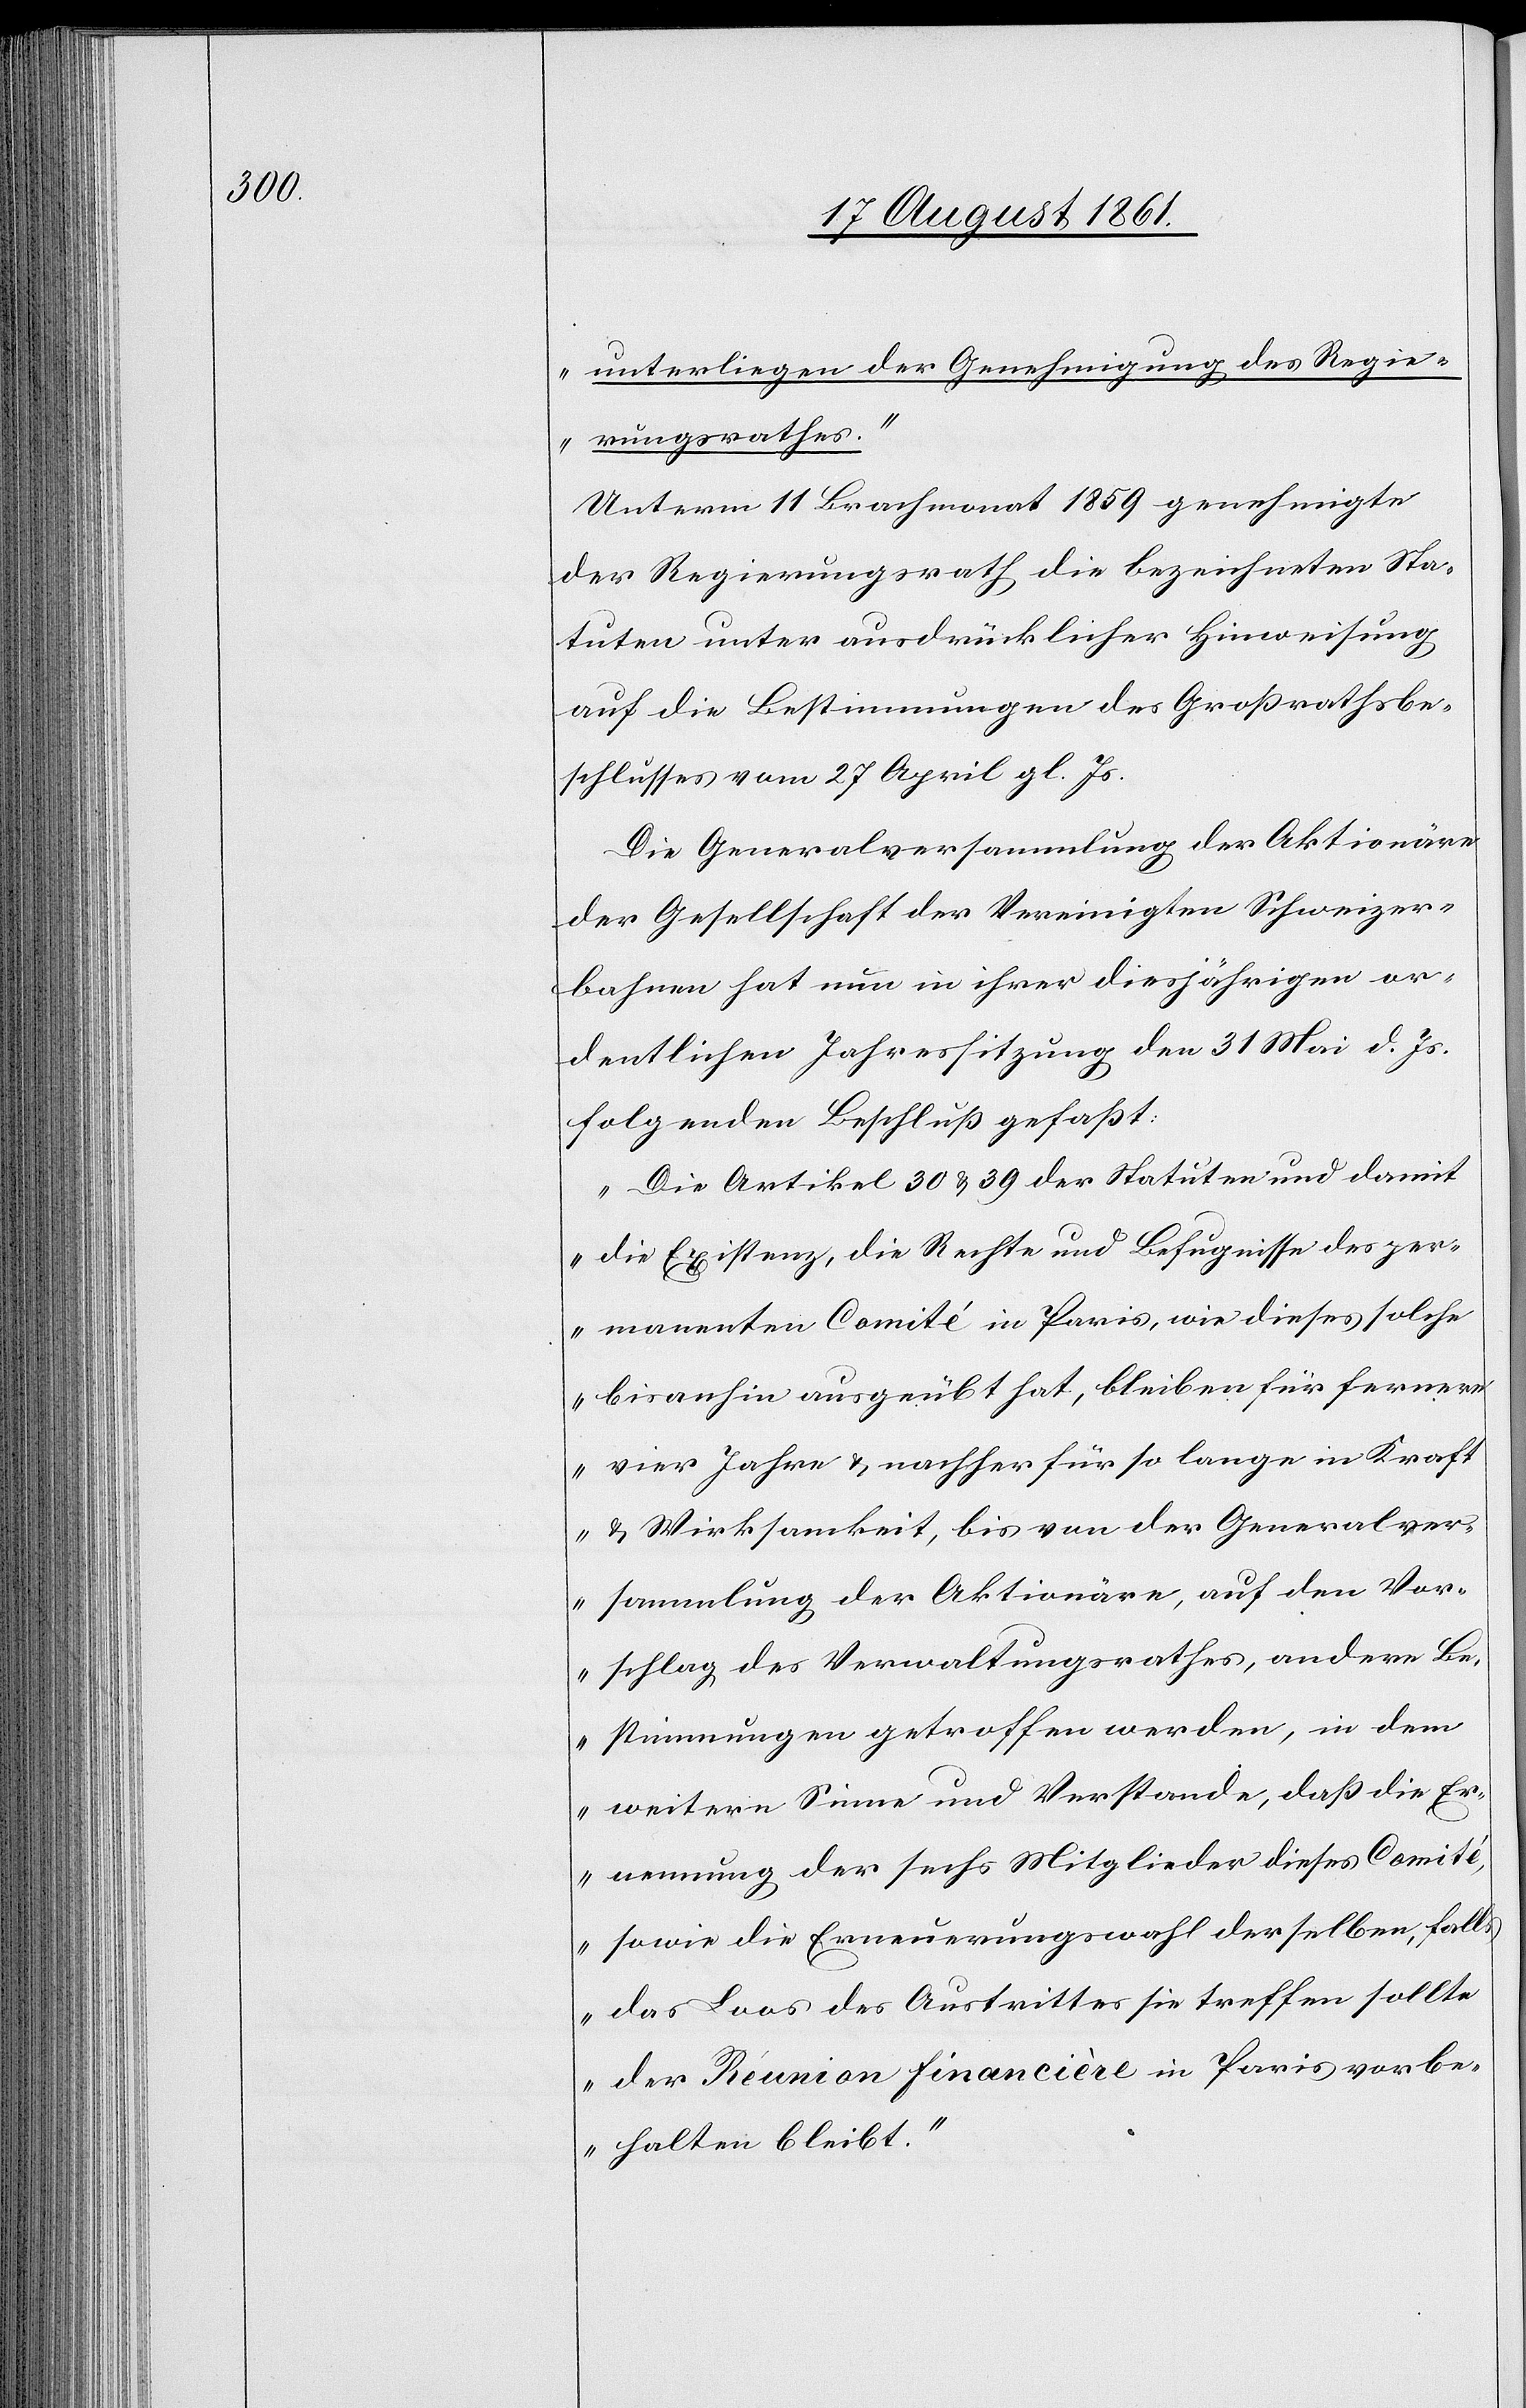
unterliegen der Genehmigung des Regie¬
rungsrathes.“
Unterm 11 Brachmonat 1859 genehmigte
der Regierungsrath die bezeichneten Sta¬
tuten unter ausdrücklicher Hinweisung
auf die Bestimmungen des Großrathsbe¬
schlusses vom 27 April gl. Js.
Die Generalversammlung der Aktionäre
der Gesellschaft der Vereinigten Schweizer¬
bahnen hat nun in ihrer diesjährigen or¬
dentlichen Jahressitzung den 31 Mai d. Js.
folgenden Beschluß gefaßt:
„Die Artikel 30 u. 39 der Statuten und damit
die Existenz, die Rechte und Befugnisse des per¬
manenten Comité in Paris, wie dieses solche
bisanhin ausgeübt hat, bleiben für fernere
vier Jahre u. nachher für so lange in Kraft
u. Wirksamkeit, bis von der Gemeindsver¬
sammlung der Aktionäre, auf den Vor¬
schlag des Verwaltungsrathes, andere Be¬
stimmungen getroffen werden, in dem
weitern Sinne und Verstande, daß die Er¬
nennung der sechs Mitglieder dieses Comité,
sowie die Erneuerungswahl derselben, fall¬
s das Loos des Austrittes sie treffen sollte
der Réunion financière in Paris vorbe¬
halten bleibt.“